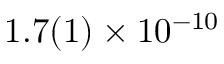
1 . 7 ( 1 ) \times 1 0 ^ { - 1 0 }